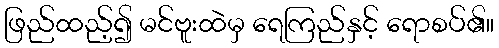
ဖြည်ထည့်၍ မင်ဗူးထဲမှ ရေကြည်နှင့် ရောစပ်၏။